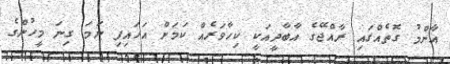
އާންމު ގޮތެއްގައި ރާއްޖޭގެ އާބާދީއަކީ ކިހާވަރެއް ކަމަށް އަހައިފި ނަމަ ގިނަ މީހުންގެ